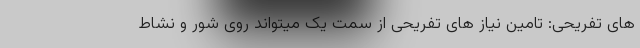
های تفریحی: تامین نیاز های تفریحی از سمت یک میتواند روی شور و نشاط